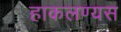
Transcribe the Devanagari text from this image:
हाकलण्यस